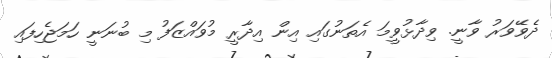
ދެވޭވަރު ވާނީ. ވިދާޅުވީމަ އެތަނުގައި އިން އިދާރީ މުވައްޒަފު މި ބުނަނީ ހަމަޖެހިފައި